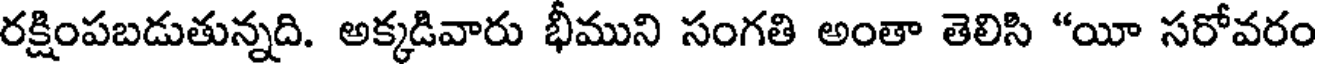
రక్షింపబడుతున్నది. అక్కడివారు భీముని సంగతి అంతా తెలిసి "యీ సరోవరం